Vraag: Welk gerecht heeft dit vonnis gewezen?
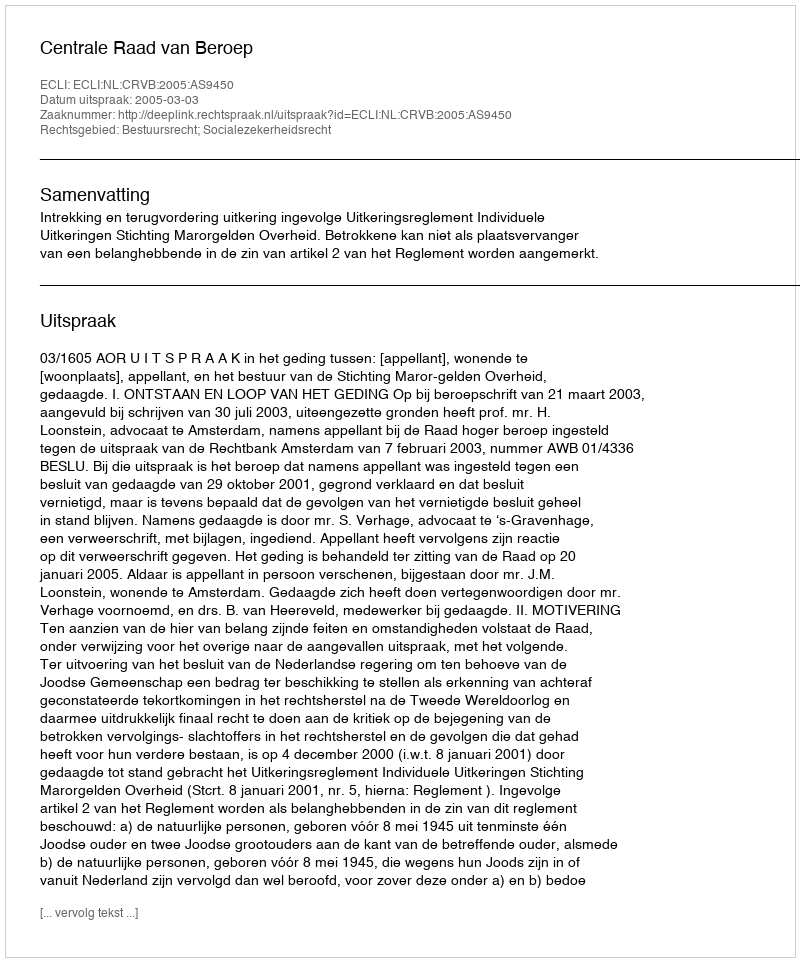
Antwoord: Centrale Raad van Beroep